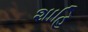
શાહિ